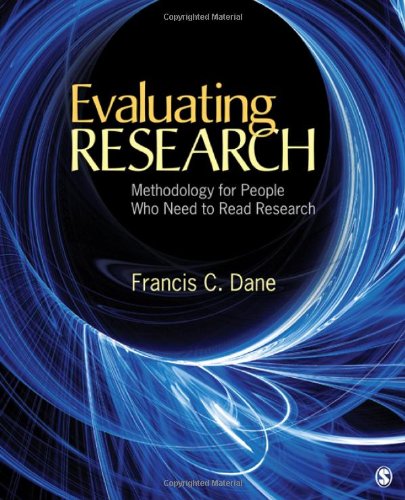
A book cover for Evaluating Research: Methodology for People Who Need to Read Research; Francis C. Dane; Medical Books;